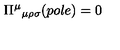
\Pi ^ { \mu } { } _ { \mu \rho \sigma } ( p o l e ) = 0